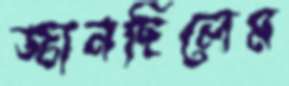
জানছিলেম